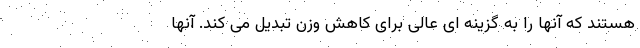
هستند که آنها را به گزینه ای عالی برای کاهش وزن تبدیل می کند. آنها